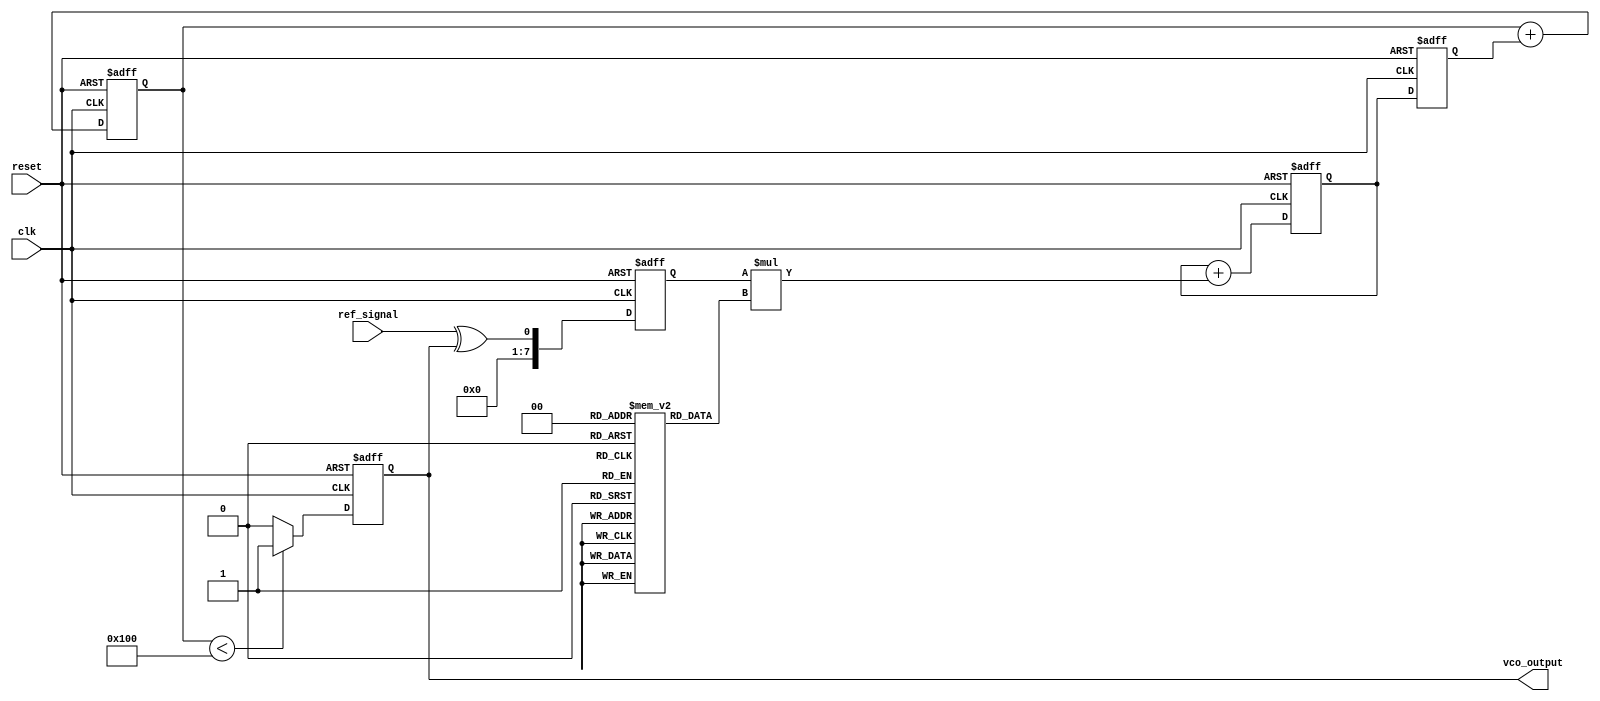
module dpll (
    input wire clk,                // System clock
    input wire reset,              // Reset signal
    input wire ref_signal,         // Reference input signal
    output wire vco_output         // VCO output
);

// Parameters
parameter COEF_WIDTH = 8;        // Width of filter coefficients
parameter MEM_DEPTH = 4;         // Depth of memory for filter states

// Internal signals
reg [COEF_WIDTH-1:0] filter_coeff [0:MEM_DEPTH-1]; // Filter coefficients
reg [COEF_WIDTH-1:0] error_signal;                   // Phase error signal
reg [COEF_WIDTH-1:0] filtered_signal;                // Output of loop filter
reg [COEF_WIDTH-1:0] vco_control;                    // Control signal to VCO
reg [COEF_WIDTH-1:0] vco_counter;                    // VCO counter

// Phase Detector
always @(posedge clk or posedge reset) begin
    if (reset) begin
        error_signal <= 0;
    end else begin
        // Simple phase detector logic (XOR for example)
        error_signal <= ref_signal ^ vco_output;
    end
end

// Loop Filter - Simple IIR Filter Example
always @(posedge clk or posedge reset) begin
    if (reset) begin
        filtered_signal <= 0;
    end else begin
        // Use memory blocks to implement filter (basic example)
        filtered_signal <= filtered_signal + (error_signal * filter_coeff[0]);
        // Additional filtering logic can be added here
    end
end

// Voltage-Controlled Oscillator (VCO)
always @(posedge clk or posedge reset) begin
    if (reset) begin
        vco_counter <= 0;
        vco_output <= 0;
    end else begin
        // VCO control logic based on filtered signal
        vco_counter <= vco_counter + vco_control;
        vco_output <= (vco_counter < (1 << COEF_WIDTH)) ? 1'b1 : 1'b0; // Simple square wave generation
    end
end

// Control logic for VCO
always @(posedge clk or posedge reset) begin
    if (reset) begin
        vco_control <= 0;
    end else begin
        // Control logic for VCO based on filtered signal
        vco_control <= filtered_signal; // Adjust VCO control based on filter output
    end
end

// Load filter coefficients
initial begin
    filter_coeff[0] = 8'h1; // Example coefficients
    filter_coeff[1] = 8'h2;
    filter_coeff[2] = 8'h1;
    filter_coeff[3] = 8'h0;
end

endmodule